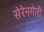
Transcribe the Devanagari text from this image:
सेरेनगेती